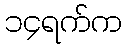
၁၄ရက်က